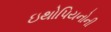
ઇથોપિયનોની